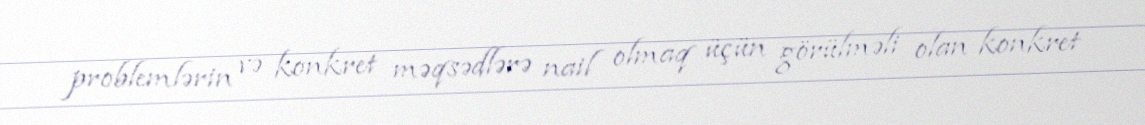
problemlərin və konkret məqsədlərə nail olmaq üçün görülməli olan konkret